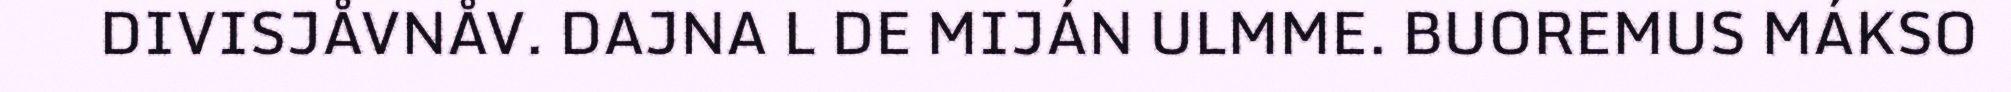
DIVISJÅVNÅV. DAJNA L DE MIJÁN ULMME. BUOREMUS MÁKSO